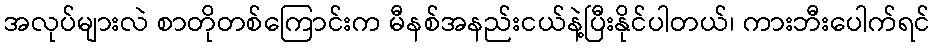
အလုပ်များလဲ စာတိုတစ်ကြောင်းက မီနစ်အနည်းငယ်နဲ့ပြီးနိုင်ပါတယ်၊ ကားဘီးပေါက်ရင်